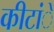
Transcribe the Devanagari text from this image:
कीटांे